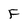
Character: F